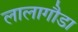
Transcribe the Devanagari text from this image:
लालागौडा